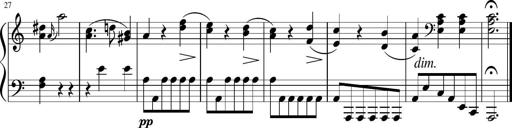
Title: 6 Progressive Sonatinas
Composer: Johann Anton AndrÃ©